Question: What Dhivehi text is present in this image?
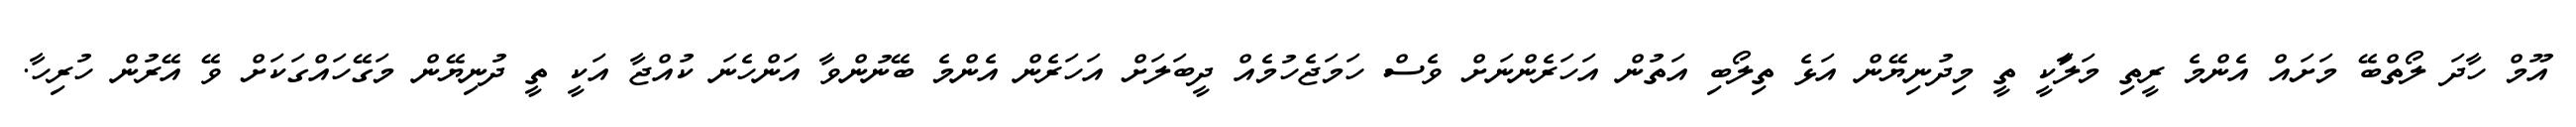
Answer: އޫމް ހާދަ ލޯތްބޭ މަށައް އެންމެ ރީތި މަލަާކީ ތީ މިދުނިޔޭން އަޅެ ތިލޯބި އަތުން އަހަރެންނަށް ވެސް ހަމަޖެހުމެއް ދީބަލަށް އަހަރެން އެންމެ ބޭނުންވާ އަންހެނަ ކުއްޖާ އަކީ ތީ ދުނިޔޭން މަގޭހައްގަކަށް ވޭ އޭރުން ހުރިހާ.